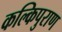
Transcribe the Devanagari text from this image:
कल्किपुराण